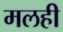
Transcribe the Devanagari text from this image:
मलही